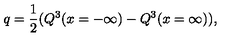
q = { \frac { 1 } { 2 } } ( Q ^ { 3 } ( x = - \infty ) - Q ^ { 3 } ( x = \infty ) ) ,